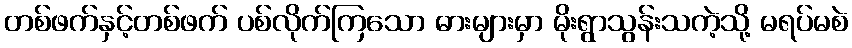
တစ်ဖက်နှင့်တစ်ဖက် ပစ်လိုက်ကြသော ဓားများမှာ မိုးရွာသွန်းသကဲ့သို့ မရပ်မစဲ